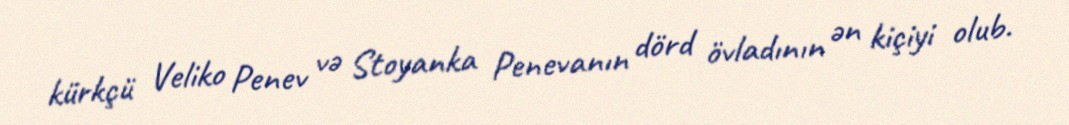
kürkçü Veliko Penev və Stoyanka Penevanın dörd övladının ən kiçiyi olub.